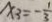
x _ { 3 } = - \frac { 1 } { 3 }